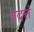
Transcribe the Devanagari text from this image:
प्रदत्तं